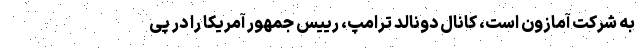
به شرکت آمازون است، کانال دونالد ترامپ، رییس جمهور آمریکا را در پی